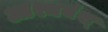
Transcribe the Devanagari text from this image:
आश्चर्यश्